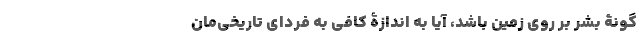
گونۀ بشر بر روی زمین باشد، آیا به اندازۀ کافی به فردای تاریخی‌مان